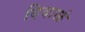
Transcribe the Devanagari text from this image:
दिवाळं